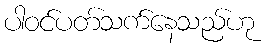
ပါဝင်ပတ်သက်နေသည်ဟု